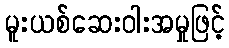
မူးယစ်ဆေးဝါးအမှုဖြင့်